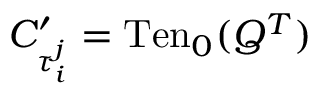
C _ { \tau _ { i } ^ { j } } ^ { \prime } = \mathrm { T e n } _ { 0 } ( Q ^ { T } )